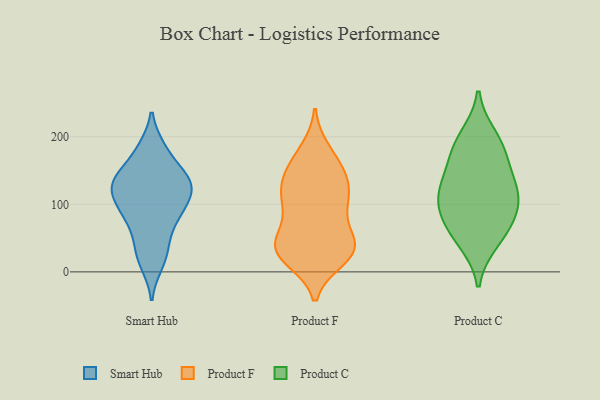
{"axis": {"x": "Population (Million)", "y": "Value"}, "legend": ["Product C", "Product F", "Smart Hub"], "data": [{"x": "", "y": 12, "type": "Smart Hub"}, {"x": "", "y": 68, "type": "Smart Hub"}, {"x": "", "y": 90, "type": "Smart Hub"}, {"x": "", "y": 139, "type": "Smart Hub"}, {"x": "", "y": 99, "type": "Smart Hub"}, {"x": "", "y": 87, "type": "Smart Hub"}, {"x": "", "y": 140, "type": "Smart Hub"}, {"x": "", "y": 182, "type": "Smart Hub"}, {"x": "", "y": 125, "type": "Smart Hub"}, {"x": "", "y": 105, "type": "Smart Hub"}, {"x": "", "y": 135, "type": "Smart Hub"}, {"x": "", "y": 128, "type": "Smart Hub"}, {"x": "", "y": 25, "type": "Smart Hub"}, {"x": "", "y": 179, "type": "Smart Hub"}, {"x": "", "y": 134, "type": "Smart Hub"}, {"x": "", "y": 44, "type": "Smart Hub"}, {"x": "", "y": 155, "type": "Product F"}, {"x": "", "y": 168, "type": "Product F"}, {"x": "", "y": 110, "type": "Product F"}, {"x": "", "y": 143, "type": "Product F"}, {"x": "", "y": 28, "type": "Product F"}, {"x": "", "y": 100, "type": "Product F"}, {"x": "", "y": 53, "type": "Product F"}, {"x": "", "y": 129, "type": "Product F"}, {"x": "", "y": 31, "type": "Product F"}, {"x": "", "y": 35, "type": "Product F"}, {"x": "", "y": 112, "type": "Product F"}, {"x": "", "y": 42, "type": "Product F"}, {"x": "", "y": 36, "type": "Product F"}, {"x": "", "y": 28, "type": "Product F"}, {"x": "", "y": 105, "type": "Product F"}, {"x": "", "y": 137, "type": "Product F"}, {"x": "", "y": 37, "type": "Product F"}, {"x": "", "y": 82, "type": "Product F"}, {"x": "", "y": 20, "type": "Product F"}, {"x": "", "y": 179, "type": "Product F"}, {"x": "", "y": 200, "type": "Product C"}, {"x": "", "y": 121, "type": "Product C"}, {"x": "", "y": 137, "type": "Product C"}, {"x": "", "y": 124, "type": "Product C"}, {"x": "", "y": 177, "type": "Product C"}, {"x": "", "y": 45, "type": "Product C"}, {"x": "", "y": 58, "type": "Product C"}, {"x": "", "y": 101, "type": "Product C"}, {"x": "", "y": 180, "type": "Product C"}, {"x": "", "y": 95, "type": "Product C"}, {"x": "", "y": 76, "type": "Product C"}]}